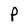
Character: p